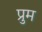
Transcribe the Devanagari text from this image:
प्रुम